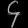
Digit: ၄